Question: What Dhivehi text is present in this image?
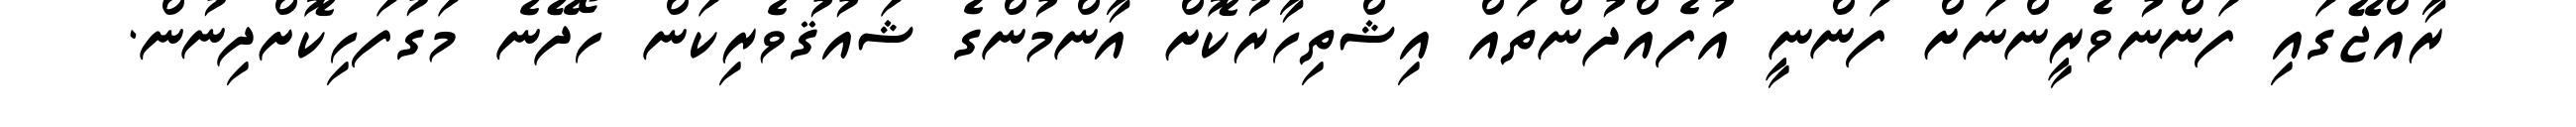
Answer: ރާއްޖޭގައި ފަންނުވެރީންނަށް ފަންނީ އުފެއްދުންތައް އިޝްތިހާރުކޮށް އާންމުންގެ ޝައުޤުވެރިކަން ހޯދޭނެ މަގުފަހިކޮށްދިނުން.